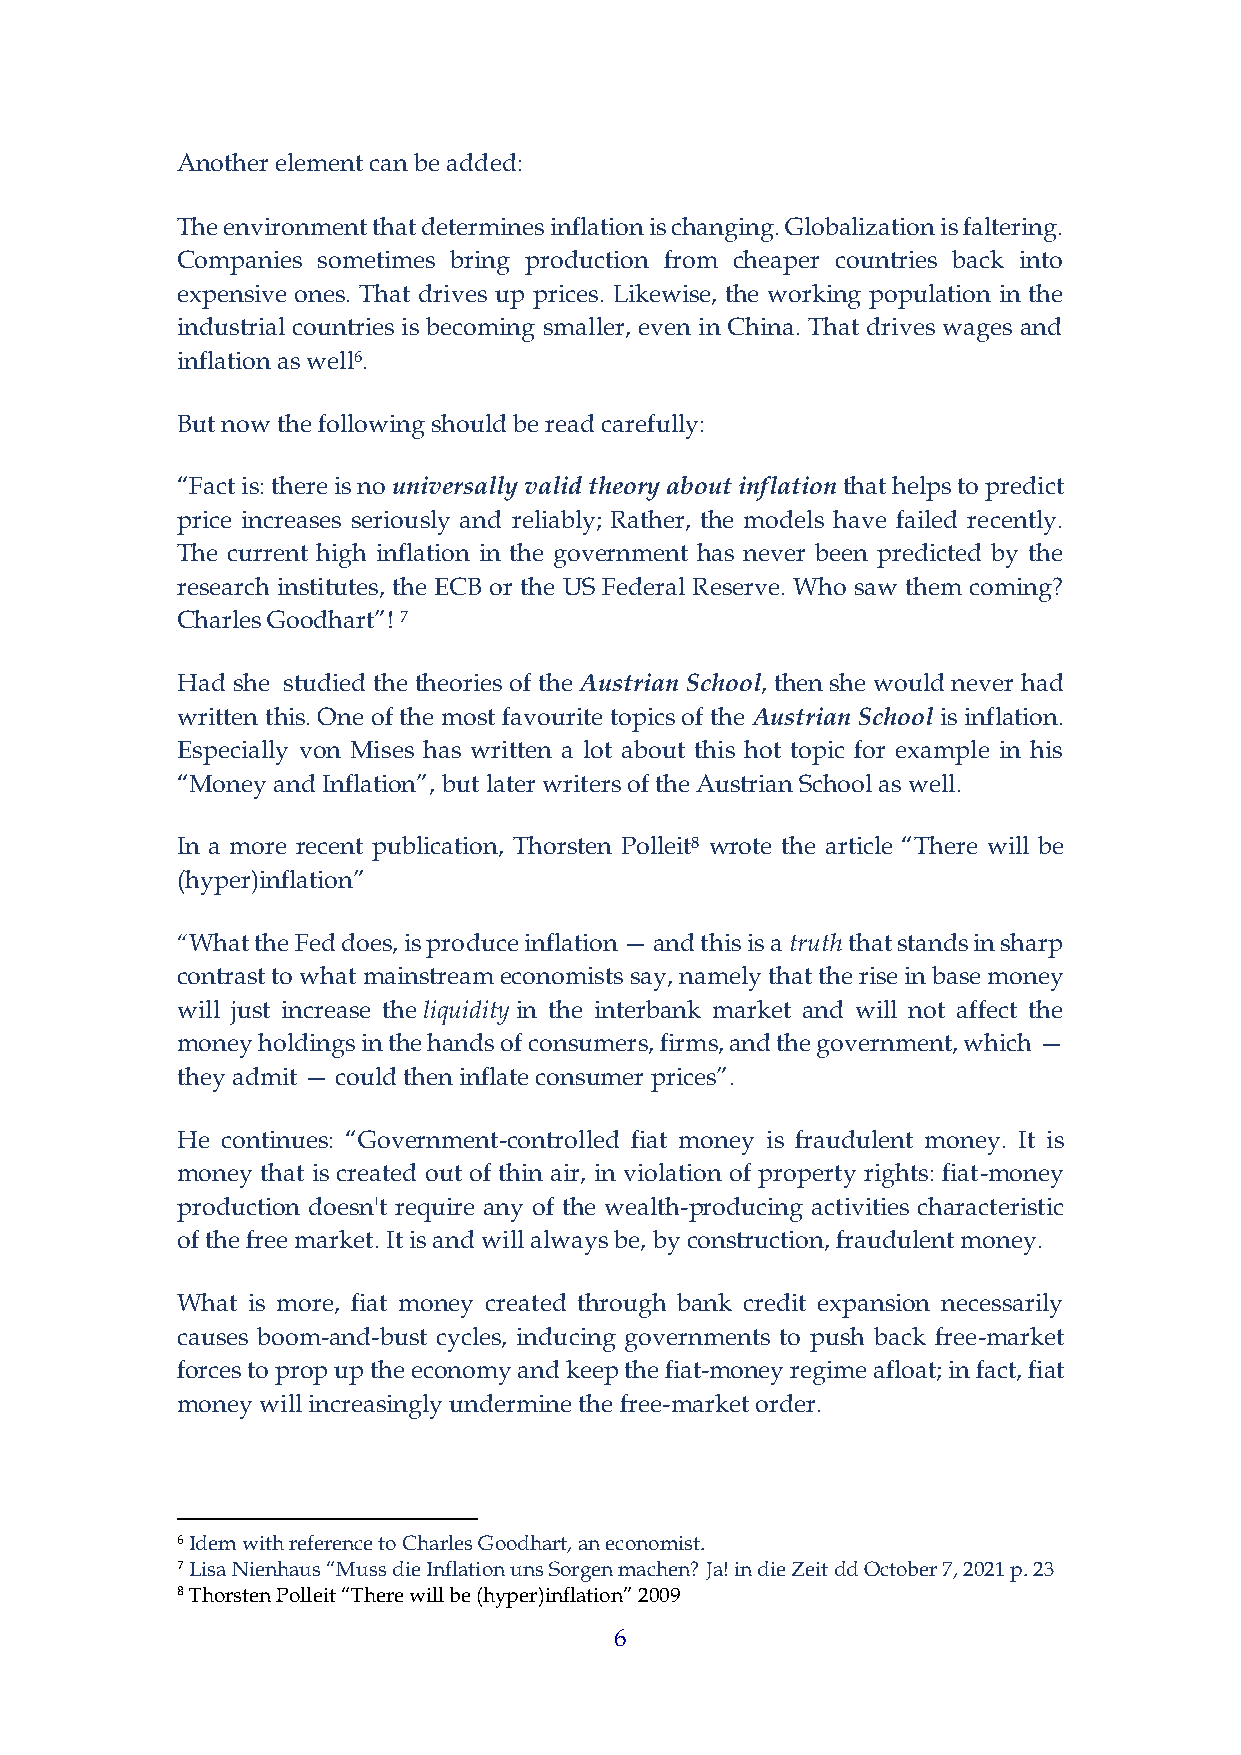
Another element can be added:
 The environment that determines inflation is changing. Globalization is faltering.
 Companies sometimes bring production from cheaper countries back into
 expensive ones. That drives up prices. Likewise, the working population in the
 industrial countries is becoming smaller, even in China. That drives wages and
 inflation as well6.
 But now the following should be read carefully:
 “Fact is: there is no universally valid theory about inflation that helps to predict
 price increases seriously and reliably; Rather, the models have failed recently.
 The current high inflation in the government has never been predicted by the
 research institutes, the ECB or the US Federal Reserve. Who saw them coming?
 Charles Goodhart”! 7
 Had she studied the theories of the Austrian School, then she would never had
 written this. One of the most favourite topics of the Austrian School is inflation.
 Especially von Mises has written a lot about this hot topic for example in his
 “Money and Inflation”, but later writers of the Austrian School as well.
 In a more recent publication, Thorsten Polleit8 wrote the article “There will be
 (hyper)inflation”
 “What the Fed does, is produce inflation — and this is a truth that stands in sharp
 contrast to what mainstream economists say, namely that the rise in base money
 will just increase the liquidity in the interbank market and will not affect the
 money holdings in the hands of consumers, firms, and the government, which —
 they admit — could then inflate consumer prices”.
 He continues: “Government-controlled fiat money is fraudulent money. It is
 money that is created out of thin air, in violation of property rights: fiat-money
 production doesn't require any of the wealth-producing activities characteristic
 of the free market. It is and will always be, by construction, fraudulent money.
 What is more, fiat money created through bank credit expansion necessarily
 causes boom-and-bust cycles, inducing governments to push back free-market
 forces to prop up the economy and keep the fiat-money regime afloat; in fact, fiat
 money will increasingly undermine the free-market order.
 6 Idem with reference to Charles Goodhart, an economist.
 7 Lisa Nienhaus “Muss die Inflation uns Sorgen machen? Ja! in die Zeit dd October 7, 2021 p. 23
 8 Thorsten Polleit “There will be (hyper)inflation” 2009
 6